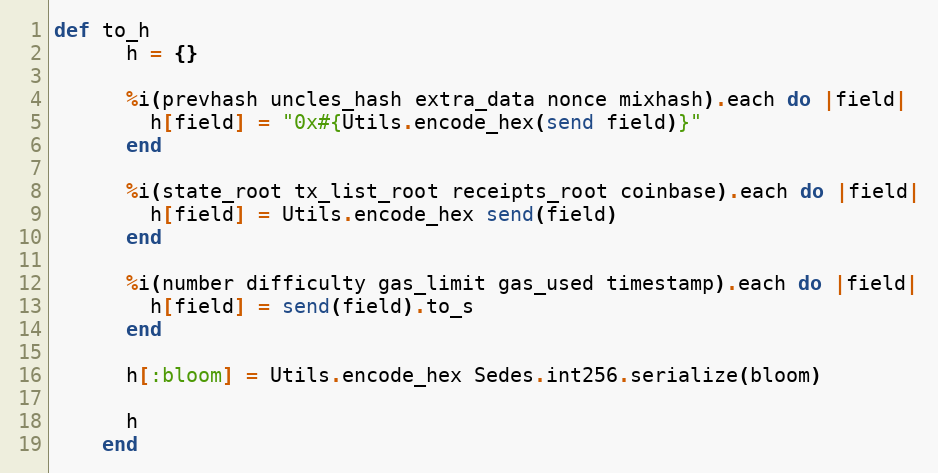
Language: Ruby
def to_h
      h = {}

      %i(prevhash uncles_hash extra_data nonce mixhash).each do |field|
        h[field] = "0x#{Utils.encode_hex(send field)}"
      end

      %i(state_root tx_list_root receipts_root coinbase).each do |field|
        h[field] = Utils.encode_hex send(field)
      end

      %i(number difficulty gas_limit gas_used timestamp).each do |field|
        h[field] = send(field).to_s
      end

      h[:bloom] = Utils.encode_hex Sedes.int256.serialize(bloom)

      h
    end